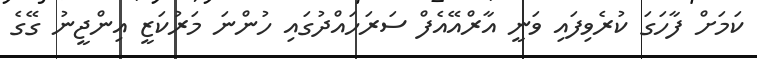
ކަމަށް ފާހަގަ ކުރެވިފައި ވަނީ އާރްއޭއެފް ސަރަހައްދުގައި ހުންނަ މަރުކަޒީ އިންޖީނު ގޭގެ